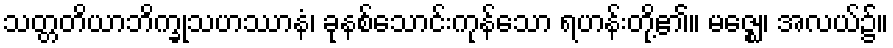
သတ္တတိယာဘိက္ခုသဟဿာနံ၊ ခုနစ်သောင်းကုန်သော ရဟန်းတို့၏။ မဇ္ဈေ၊ အလယ်၌။